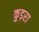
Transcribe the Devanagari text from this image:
कुड़रा